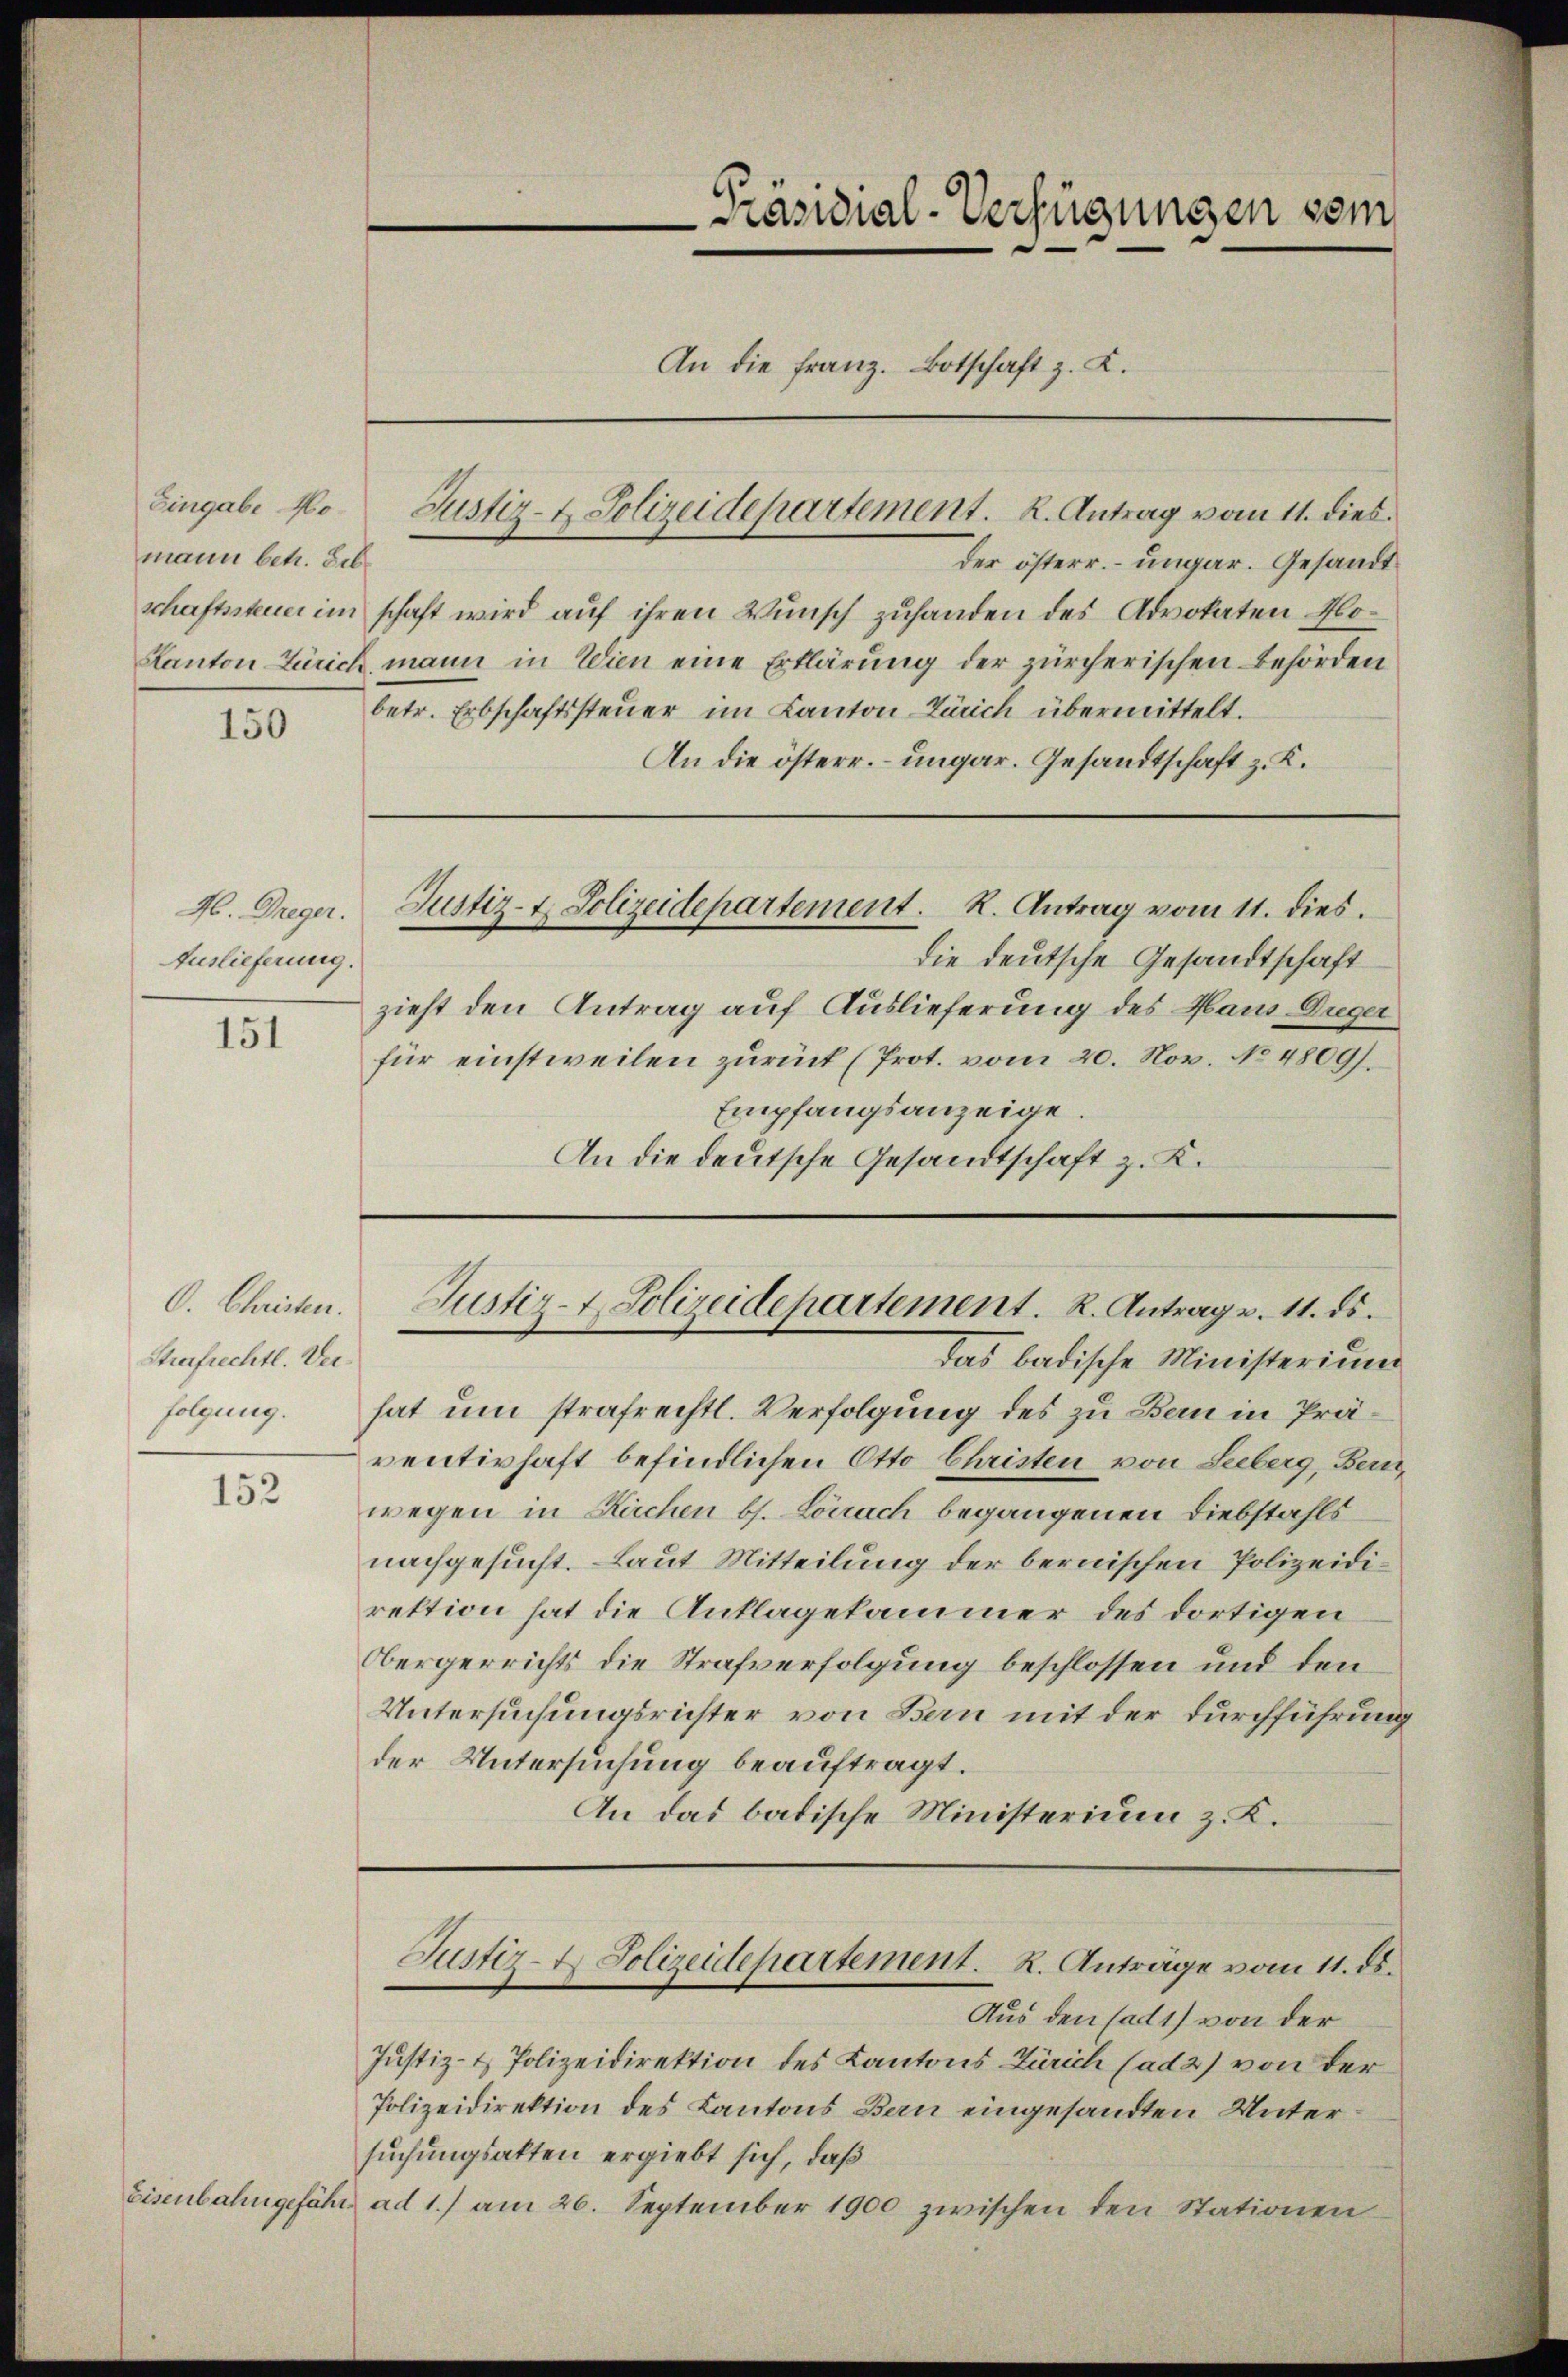
Eingabe Homann betr. Leb

150

H. Greger.
Auslieferung.

151

Strafrechtl. Verfolgung.

152

Eisenbahngefähr

der österr. – ungar. Gesandt
schaftssteuer im schaft wird auf ihren Wunsch zuhanden des Advokaten Mo¬
Kanton Zürich, mann in Wien eine Erklärung der zürcherischen Behörden
betr. Erbschaftssteuer im Kanton Zürich übermittelt.
An die österr. – ungar. Gesandtschaft z. K.

die deutsche Gesandtschaft
zieht den Antrag auf Auslieferung des Haus Auger
für einstweilen zurück (Prot. vom 20. Nov. No 4809).
Empfangsanzeige.
An die deutsche Gesandtschaft z. K.

hat um strafrechtl. Verfolgung des zu Bau in Präventirhaft befindlichen Otto Christen von Seeberg, Bern,
wegen in Rachen bs. Lörrach begangenen Diebstahls
nachgesucht. Laut Mitteilung der bernischen Polizeidirektion hat die Anklagekammer des dortigen
Obergerrichts die Strafverfolgung beschlossen und den
Untersuchungsrichter von Bern mit der Durchführung
der Untersuchung beauftragt.
An das badische Ministerium z. K.

Präsidial-Verfügungen som
An die Franz. Botschaft z. K.

Justiz- & Polizeidepartement. K. Antrag vom 11. dies

Justiz- & Polizeidepartement. R. Antrag vom 11. dies.

O. Christen. Justiz- & Polizeidepartement. R. Antrag v. 11. ds.
das badische Ministerium

Aus den ad 1) von der
Justiz- & Polizeidirektion des Kantons Zürich (ad 2) von der
Polizeidirektion des Kantons Bau eingesandten Untersuchungsakten ergiebt sich, daß
 ad 1.) am 26. September 1900 zwischen den Stationen

Justiz- & Polizeidepartement. R. Anträge vom 11. ds.